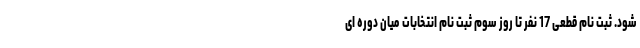
شود. ثبت نام قطعی 17 نفر تا روز سوم ثبت نام انتخابات میان دوره ای